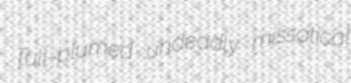
full-plumed undeadly missatical